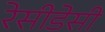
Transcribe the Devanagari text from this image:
रेसीडेसी